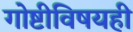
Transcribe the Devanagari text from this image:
गोष्टीविषयही